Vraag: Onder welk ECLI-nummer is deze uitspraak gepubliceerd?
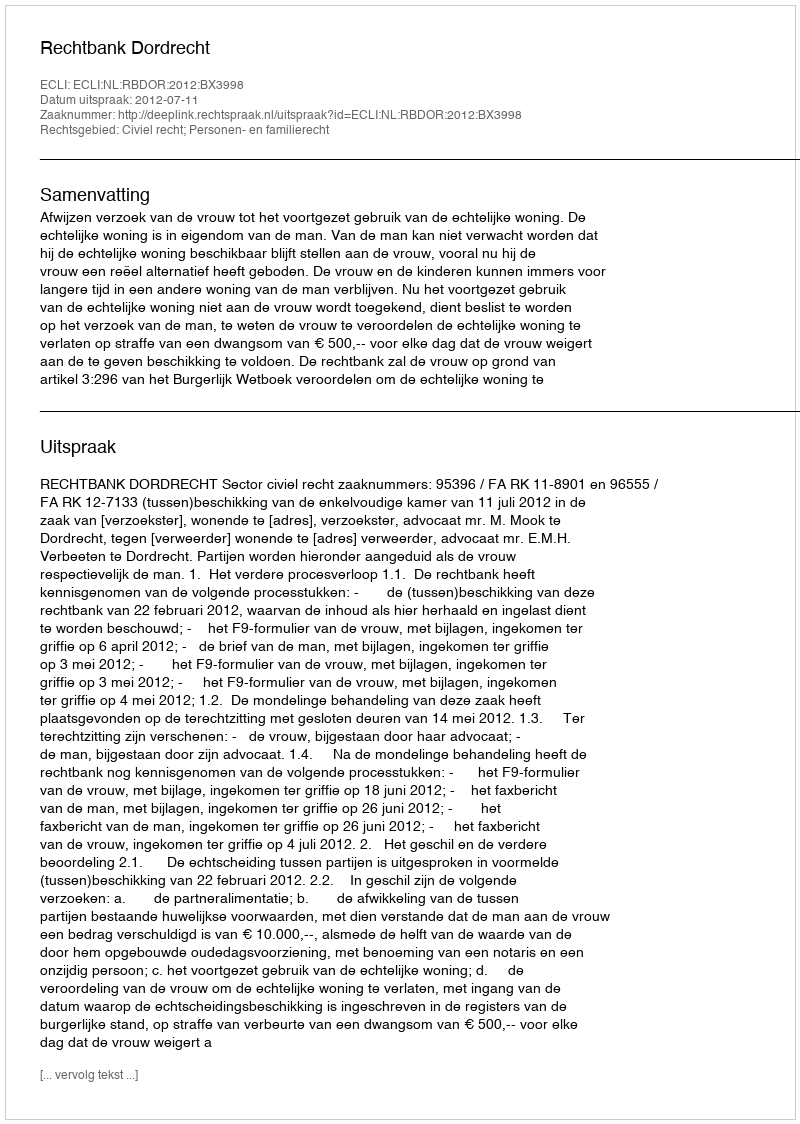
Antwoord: ECLI:NL:RBDOR:2012:BX3998